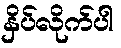
နှိပ်လိုက်ပါ